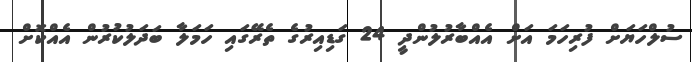
ސުލްހަޔަށް ފުރިހަމަ އަށް އެއްބާރުލުންދީ 24 ގަޑިއިރުގެ ތެރޭގައި ހަމަލާ ބަދަލުކުރުން އެއްކޮށް